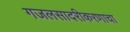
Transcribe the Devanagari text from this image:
गजलसादरीकरणाचा